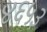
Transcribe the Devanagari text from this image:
४६५३